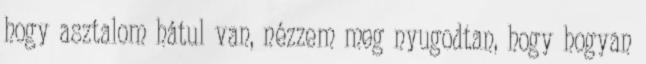
hogy asztalom hátul van, nézzem meg nyugodtan, hogy hogyan